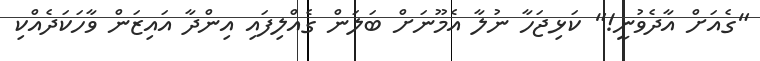
"ގެއަށް އާދެވުނީ!" ކަޅިޖަހާ ނުލާ އެމޫނަށް ބަލަން ގެއްލިފައި އިންދާ އައިޒަން ވާހަކަދެއްކި